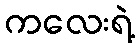
ကလေးရဲ့